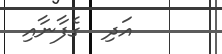
އަދި  ގެފާނާއި